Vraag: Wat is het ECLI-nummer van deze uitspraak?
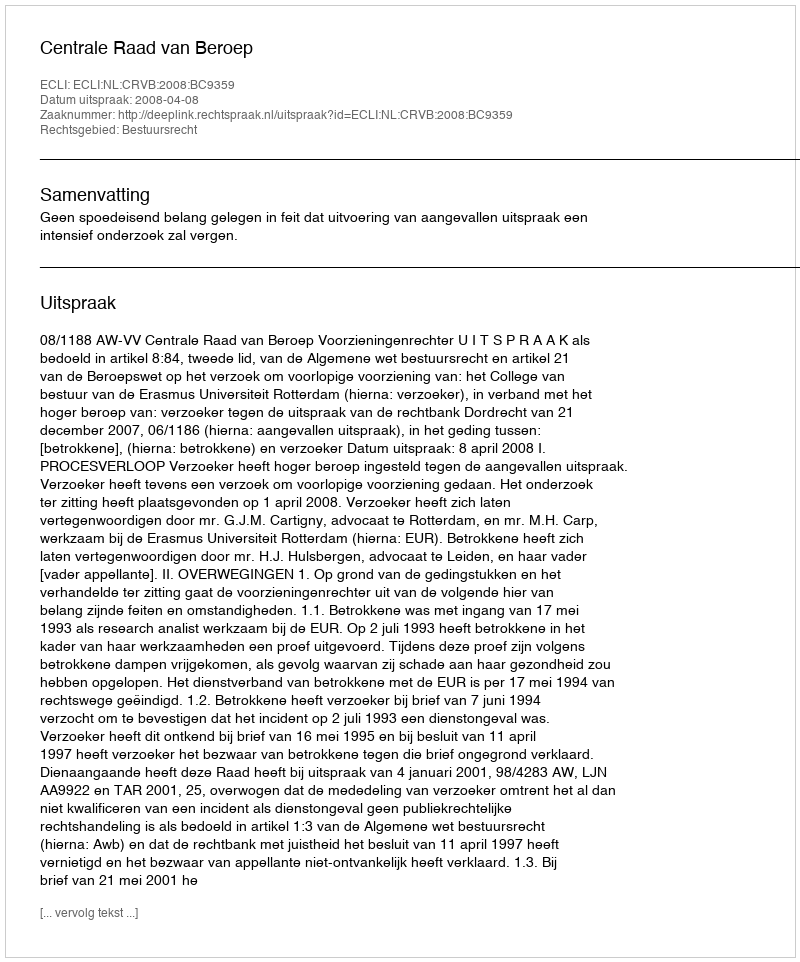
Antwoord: ECLI:NL:CRVB:2008:BC9359